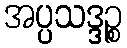
အပ္ပသဒ္ဒဉ္စ